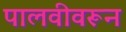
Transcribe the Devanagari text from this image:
पालवीवरून